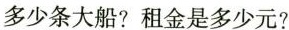
多少条大船？租金是多少元？